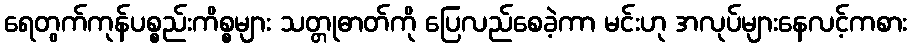
ရေတွက်ကုန်ပစ္စည်းကိစ္စများ သတ္တုဓာတ်ကို ပြေလည်စေခဲ့ကာ မင်းဟု အလုပ်များနေလင့်ကစား